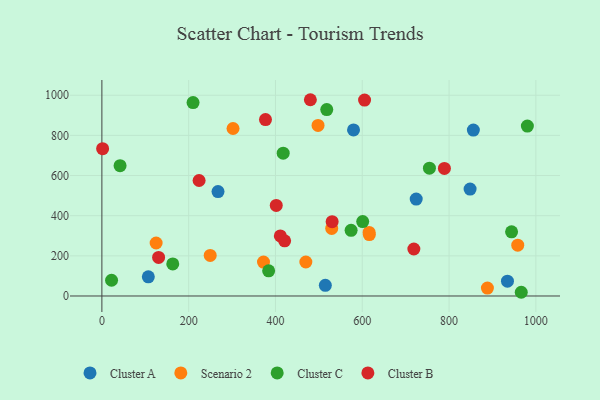
{"axis": {"x": "Experience", "y": "Demand"}, "legend": ["Cluster A", "Cluster B", "Cluster C", "Scenario 2"], "data": [{"x": "267.6", "y": 520.1, "type": "Cluster A"}, {"x": "848.5", "y": 532.4, "type": "Cluster A"}, {"x": "934.6", "y": 73.6, "type": "Cluster A"}, {"x": "107.0", "y": 95.3, "type": "Cluster A"}, {"x": "856.0", "y": 826.7, "type": "Cluster A"}, {"x": "724.3", "y": 482.8, "type": "Cluster A"}, {"x": "514.9", "y": 52.9, "type": "Cluster A"}, {"x": "579.9", "y": 827.1, "type": "Cluster A"}, {"x": "249.6", "y": 202.0, "type": "Scenario 2"}, {"x": "498.1", "y": 849.6, "type": "Scenario 2"}, {"x": "125.0", "y": 263.9, "type": "Scenario 2"}, {"x": "529.6", "y": 336.4, "type": "Scenario 2"}, {"x": "888.4", "y": 39.3, "type": "Scenario 2"}, {"x": "616.3", "y": 305.8, "type": "Scenario 2"}, {"x": "302.2", "y": 834.3, "type": "Scenario 2"}, {"x": "958.3", "y": 253.2, "type": "Scenario 2"}, {"x": "470.0", "y": 169.2, "type": "Scenario 2"}, {"x": "372.4", "y": 169.1, "type": "Scenario 2"}, {"x": "615.8", "y": 316.8, "type": "Scenario 2"}, {"x": "601.0", "y": 370.8, "type": "Cluster C"}, {"x": "417.8", "y": 711.3, "type": "Cluster C"}, {"x": "980.5", "y": 846.6, "type": "Cluster C"}, {"x": "518.2", "y": 928.8, "type": "Cluster C"}, {"x": "163.3", "y": 159.9, "type": "Cluster C"}, {"x": "966.4", "y": 18.5, "type": "Cluster C"}, {"x": "754.8", "y": 636.9, "type": "Cluster C"}, {"x": "384.3", "y": 125.5, "type": "Cluster C"}, {"x": "210.1", "y": 963.4, "type": "Cluster C"}, {"x": "22.3", "y": 78.3, "type": "Cluster C"}, {"x": "41.9", "y": 649.0, "type": "Cluster C"}, {"x": "574.3", "y": 327.1, "type": "Cluster C"}, {"x": "944.1", "y": 319.8, "type": "Cluster C"}, {"x": "480.4", "y": 977.7, "type": "Cluster B"}, {"x": "718.9", "y": 234.1, "type": "Cluster B"}, {"x": "605.3", "y": 975.9, "type": "Cluster B"}, {"x": "530.6", "y": 370.4, "type": "Cluster B"}, {"x": "789.3", "y": 635.6, "type": "Cluster B"}, {"x": "377.0", "y": 878.7, "type": "Cluster B"}, {"x": "224.0", "y": 575.4, "type": "Cluster B"}, {"x": "411.2", "y": 299.1, "type": "Cluster B"}, {"x": "401.8", "y": 450.9, "type": "Cluster B"}, {"x": "421.1", "y": 274.7, "type": "Cluster B"}, {"x": "130.7", "y": 192.3, "type": "Cluster B"}, {"x": "1.7", "y": 733.8, "type": "Cluster B"}]}